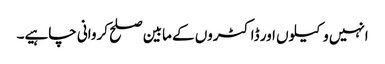
انہیں وکیلوں اور ڈاکٹروں کے مابین صلح کروانی چاہیے۔